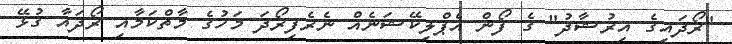
"ރޯދައިގެ އިރުޝާދު" ގެ ފޯން އެޕްލިކޭޝަނެއް ނެރެފިރޯދަ މަހުގެ މާތްކަމާއި ރޯދައާ ގުޅޭ